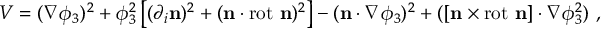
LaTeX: V = ( \nabla \phi _ { 3 } ) ^ { 2 } + \phi _ { 3 } ^ { 2 } \left[ ( \partial _ { i } { \mathbf { n } } ) ^ { 2 } + ( \mathbf { n } \cdot \mathrm { r o t } { \ \mathbf { n } } ) ^ { 2 } \right] - ( \mathbf { n } \cdot \nabla \phi _ { 3 } ) ^ { 2 } + ( [ \mathbf { n } \times \mathrm { r o t \ } \mathbf { n } ] \cdot \nabla \phi _ { 3 } ^ { 2 } ) ~ ,